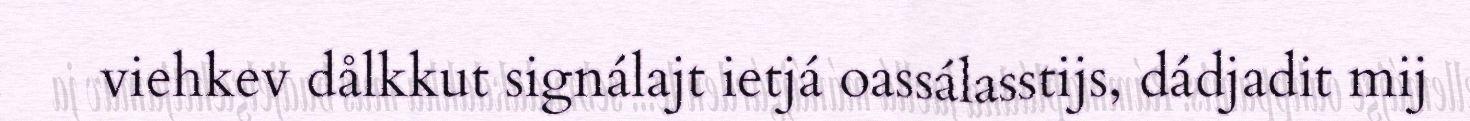
viehkev dålkkut signálajt ietjá oassálasstijs, dádjadit mij